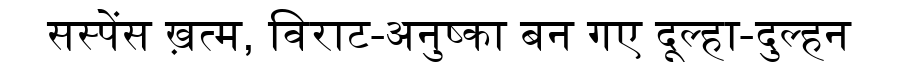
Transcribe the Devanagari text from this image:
सस्पेंस ख़त्म, विराट-अनुष्का बन गए दूल्हा-दुल्हन